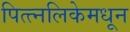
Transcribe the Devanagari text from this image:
पित्त्नलिकेमधून